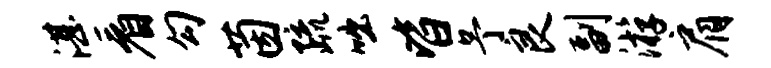
湛看勾茵疏咄皆予良副游肩